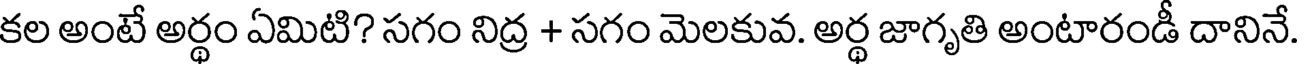
కల అంటే అర్థం ఏమిటి? సగం నిద్ర + సగం మెలకువ. అర్థ జాగృతి అంటారండీ దానినే